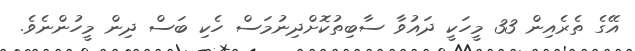
އޭގެ ތެރެއިން 33 މީހަކީ ދައުވާ ސާބިތުކޮށްދިނުމަސް ހެކި ބަސް ދިން މީހުންނެވެ.